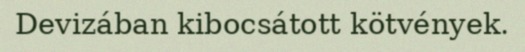
Devizában kibocsátott kötvények.